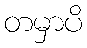
တမှာပိ